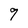
Character: 9